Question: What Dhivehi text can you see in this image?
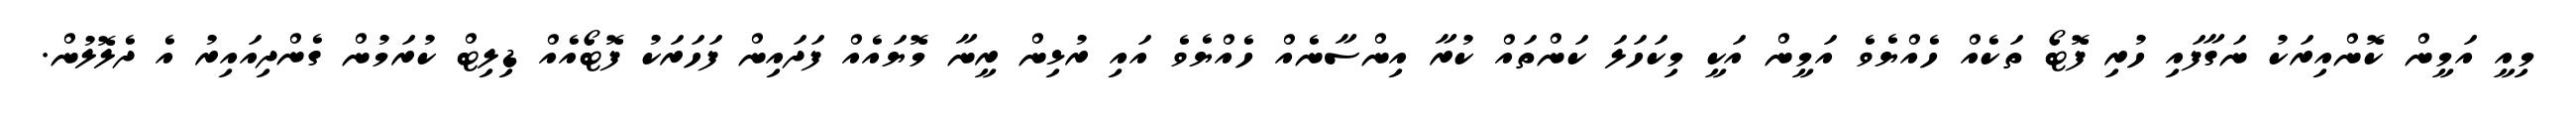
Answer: މިއީ އަމީން ކޮންއިރަކު ނަގާފައި ހުރި ފޮޓޯ ތަކެއް ހެއްޔެވެ އަމީން އަކީ މިކަހަލަ ކަންތައް ކުރާ އިންސާނެއް ހެއްޔެވެ އައި ރުޅިން ރީނާ މޮޔައެއް ފަދައިން ފަހަރަކު ފޮޓޯއެއް ޑިލިޓް ކުރަމުން ގެންދިއައިރު އެ ދެލޮލުން.